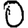
Digit: 0